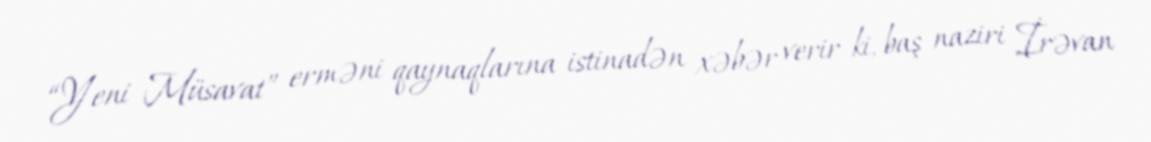
“Yeni Müsavat” erməni qaynaqlarına istinadən xəbər verir ki, baş naziri İrəvan